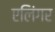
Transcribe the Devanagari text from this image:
एलिंगर